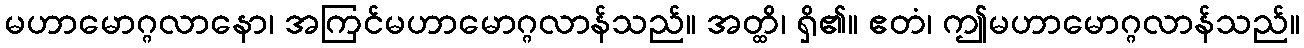
မဟာမောဂ္ဂလာနော၊ အကြင်မဟာမောဂ္ဂလာန်သည်။ အတ္ထိ၊ ရှိ၏။ ဧတံ၊ ဤမဟာမောဂ္ဂလာန်သည်။